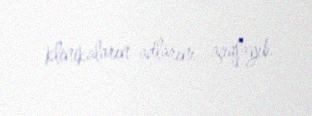
klinikaların adlarını açıqlayıb.